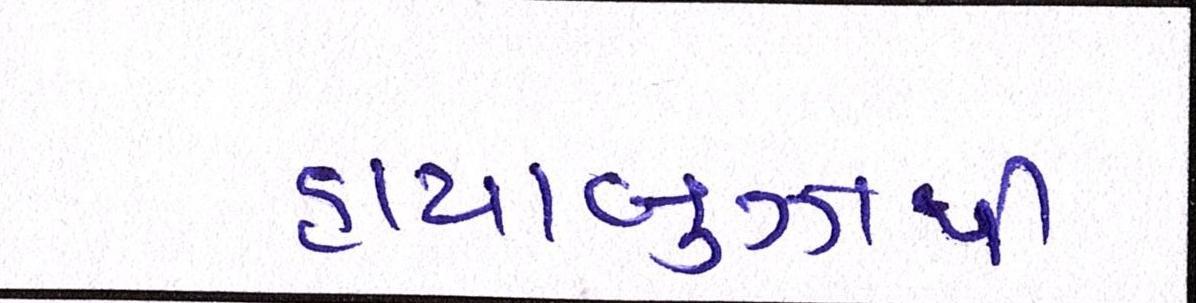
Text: હાયાબુઝાથી